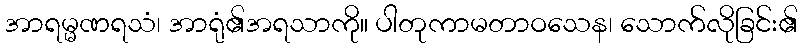
အာရမ္မဏရသံ၊ အာရုံ၏အရသာကို။ ပါတုကာမတာဝသေန၊ သောက်လိုခြင်း၏